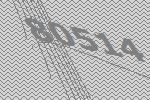
80514